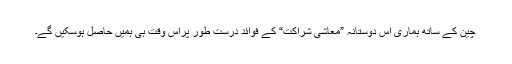
چین کے ساتھ ہماری اس دوستانہ ”معاشی شراکت“ کے فوائد درست طور پراُس وقت ہی ہمیں حاصل ہوسکیں گے۔